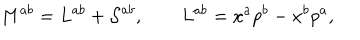
M ^ { a b } = L ^ { a b } + { \cal S } ^ { a b } , \qquad L ^ { a b } = x ^ { a } p ^ { b } - x ^ { b } p ^ { a } ,